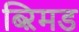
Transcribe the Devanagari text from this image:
ब्ऱिमड